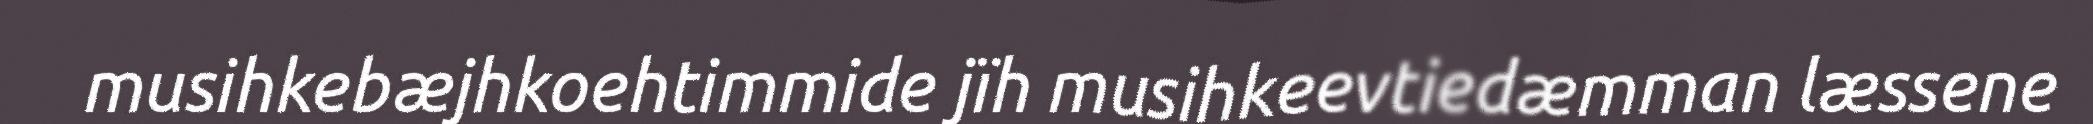
musihkebæjhkoehtimmide jïh musihkeevtiedæmman læssene